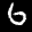
Label: 6